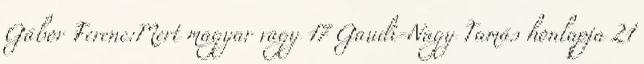
Gábor Ferenc:Mert magyar vagy 17 Gaudi-Nagy Tamás honlapja 21